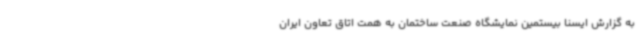
به گزارش ایسنا بیستمین نمایشگاه صنعت ساختمان به همت اتاق تعاون ایران